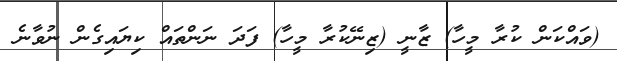
(ވައްކަން ކުރާ މީހާ) ޒާނީ (ޒިނޭކުރާ މީހާ) ފަދަ ނަންތައް ކިޔައިގެން ނުވާނެ